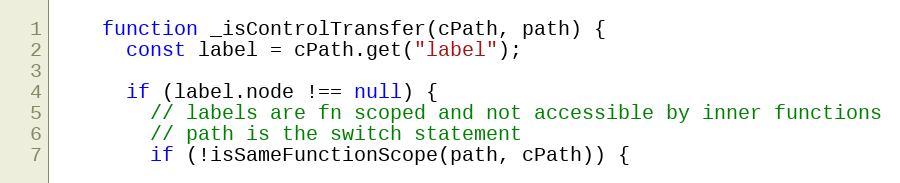
Language: JavaScript
    function _isControlTransfer(cPath, path) {
      const label = cPath.get("label");

      if (label.node !== null) {
        // labels are fn scoped and not accessible by inner functions
        // path is the switch statement
        if (!isSameFunctionScope(path, cPath)) {